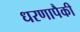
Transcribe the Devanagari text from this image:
धरणापैकी